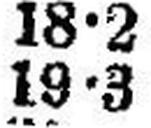
19•3